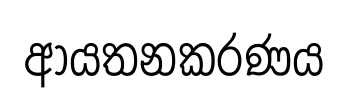
ආයතනකරණය